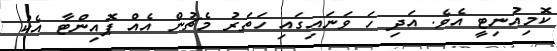
ކޮމިއުނިޓީ އެވެ. އަދި ހަ ވަނައިގައި ހަތަރު މެޗުން އެއް ޕޮއިންޓާ އެކު